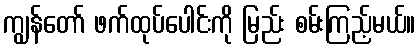
ကျွန်တော် ဖက်ထုပ်ပေါင်းကို မြည်း စမ်းကြည့်မယ်။